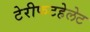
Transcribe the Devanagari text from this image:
टेरीफटहेलेट